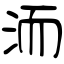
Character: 洏